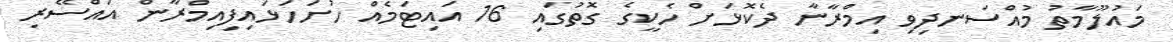
މައުލޫމާތު މުއްސަނދިވި އިމްރާނާ ދެކޮޅަށް ހެކީގެ ގޮތުގައި 16 އައިޓަމެއް ހުށަހަޅައިފިއިމްރާން އައްސޭރި